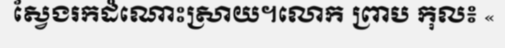
ស្វែងរកដំណោះស្រាយ។លោក ព្រាប កុល៖ «